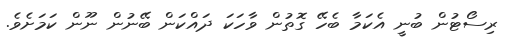
ރިސޯޓުން ބުނީ އެކަމާ ބެހޭ ގޮތުން ވާހަކަ ދައްކަން ބޭނުން ނޫން ކަމަށެވެ.